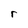
Character: r